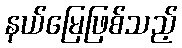
နယ်မြေဖြစ်သည့်